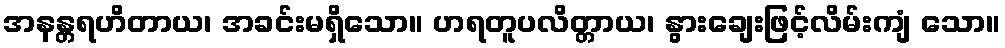
အနန္တရဟိတာယ၊ အခင်းမရှိသော။ ဟရတူပလိတ္တာယ၊ နွားချေးဖြင့်လိမ်းကျံ သော။